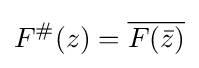
F^{\#}(z)={\overline {F({\bar {z}})}}